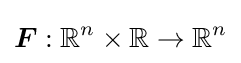
{\boldsymbol {F}}:\mathbb {R} ^{n}\times \mathbb {R} \to \mathbb {R} ^{n}